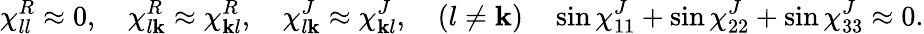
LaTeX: \chi_{ll}^{R}\approx0,\quad\chi_{l\mathbf{k}}^{R}\approx\chi_{\mathbf{k}l}^{R},\quad\chi_{l\mathbf{k}}^{J}\approx\chi_{\mathbf{k}l}^{J},\quad(l\neq\mathbf{k})\quad\sin\chi_{11}^{J}+\sin\chi_{22}^{J}+\sin\chi_{33}^{J}\approx0.